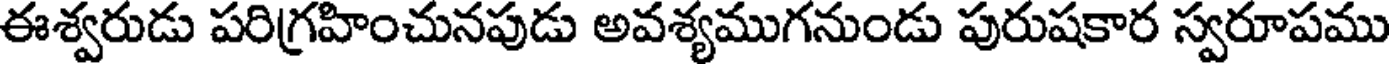
ఈశ్వరుడు పరిగ్రహించునపుడు అవశ్యముగనుండు పురుషకార స్వరూపము